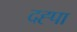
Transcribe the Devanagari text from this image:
दह्पा